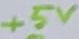
Text: +5V